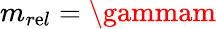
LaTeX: m_{r\mathrm{e}l}=\gammam